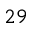
2 9